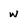
Character: w